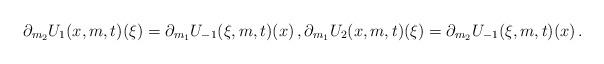
LaTeX: \begin{align*}\partial_{m_{2}}U_{1}(x,m,t)(\xi)=\partial_{m_{1}}U_{-1}(\xi,m,t)(x) \, ,\partial_{m_{1}}U_{2}(x,m,t)(\xi)=\partial_{m_{2}}U_{-1}(\xi,m,t)(x) \, .\end{align*}